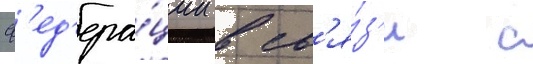
ф'ед'ера́ции в св'я́з'и с